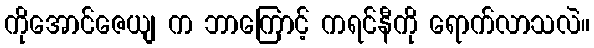
ကိုအောင်ဇေယျ က ဘာကြောင့် ကရင်နီကို ရောက်လာသလဲ။